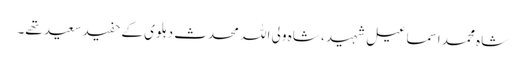
شاہ محمد اسماعیل شہید ، شاہ ولی اللہ محدث دہلوی کے حفید سعید تھے۔